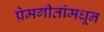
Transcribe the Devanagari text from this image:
प्रेमगीतांमधून